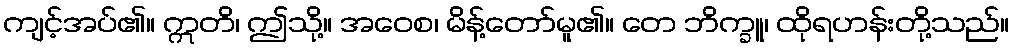
ကျင့်အပ်၏။ ဣတိ၊ ဤသို့။ အဝေစ၊ မိန့်တော်မူ၏။ တေ ဘိက္ခူ၊ ထိုရဟန်းတို့သည်။